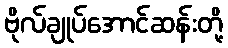
ဗိုလ်ချုပ်အောင်ဆန်းတို့